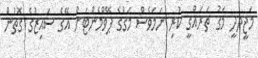
މަޖީދދީ މަގު ތަރައްގީ ކުރި ނަމަވެސް މަގުގެ ޕޭވްމެންޓަށް އޭގެ ސައިޒުގެ ގޮތުން